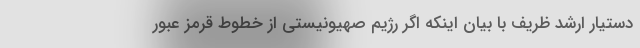
دستیار ارشد ظریف با بیان اینکه اگر رژیم صهیونیستی از خطوط قرمز عبور